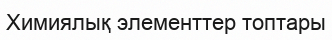
Химиялық элементтер топтары